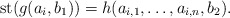
\begin{align*}\operatorname{st}(g(a_i,b_1))=h(a_{i,1},\dots,a_{i,n},b_2).\end{align*}